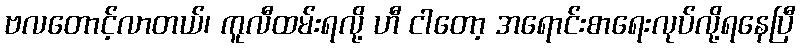
ဗလတောင့်လာတယ်၊ ကူလီထမ်းရလို့ ဟီ ငါတော့ အရောင်းစာရေးလုပ်လို့ရနေပြီ